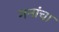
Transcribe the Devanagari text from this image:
गनांचा